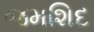
જમશિદ